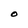
Character: O